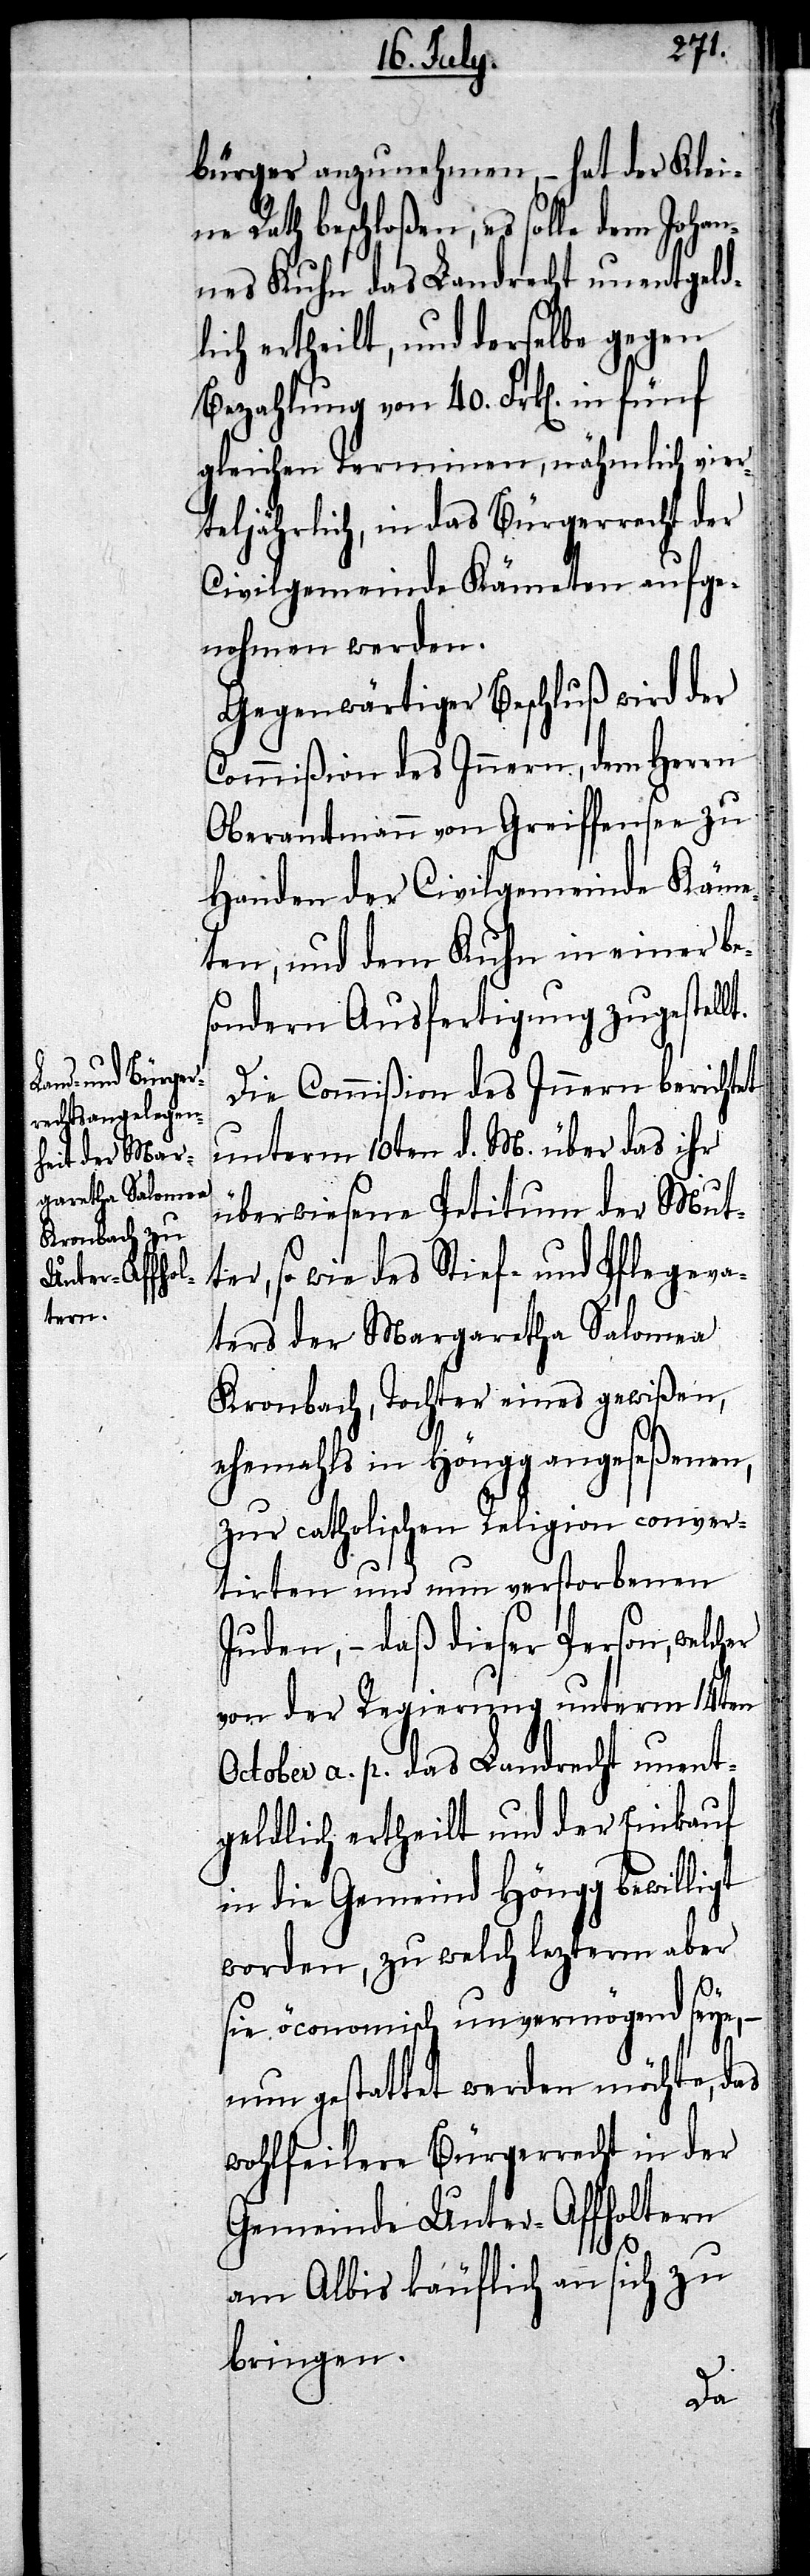
bürger anzunehmen, – hat der Klei¬
ne Rath beschloßen, es solle dem Johan¬
nes Kuhn das Landrecht unentgeld¬
lich ertheilt, und derselbe gegen
Bezahlung von 40. Frk[en]. in fünf
gleichen Terminen, nähmlich vier¬
teljährlich, in das Bürgerrecht der
Civilgemeinde Kämeten aufge¬
nohmen werden.
Gegenwärtiger Beschluß wird der
Commißion des Innern, dem Herrn
Oberamtmann von Greiffensee zu
Handen der Civilgemeinde Käme¬
ten, und dem Kuhn in einer be¬
sondern Ausfertigung zugestell¬
Die Commißion des Innern berichtet
unterm 10ten d. M. über das ihr
überwiesene Petitum der Mut¬
ter, so wie des Stief- und Pflegeva¬
ters der Margaretha Salomea
Kronbach, Tochter eines gewißen,
ehemahls in Höngg angeseßenen,
zur catholischen Religion conver¬
tirten und nun verstorbenen
Juden, – daß dieser Person, welch¬
von der Regierung unterm 14ten
October a. p. das Landrecht unent¬
geldlich ertheilt und der Einkauf
in die Gemeind Höngg bewilligt
worden, zu welch leztern aber
sie öconomisch unvermögend seye, –
nun gestattet werden möchte, das
wohlfeilere Bürgerrecht in der
Gemeinde Unter-Affholtern
am Albis käuflich an sich zu
bringen.
er